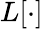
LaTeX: L[\cdot]